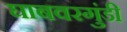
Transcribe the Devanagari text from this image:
घाबवरगुंडी